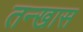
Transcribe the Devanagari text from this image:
तन्खास